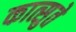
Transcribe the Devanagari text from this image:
कात्सुते